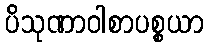
ပိသုဏာဝါစာပစ္စယာ